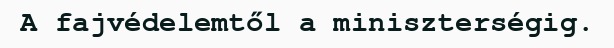
A fajvédelemtől a miniszterségig.